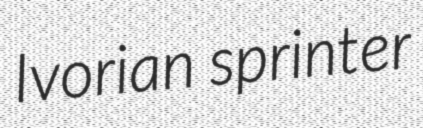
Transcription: Ivorian sprinter